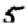
Digit: 5